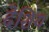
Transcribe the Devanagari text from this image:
देशिय